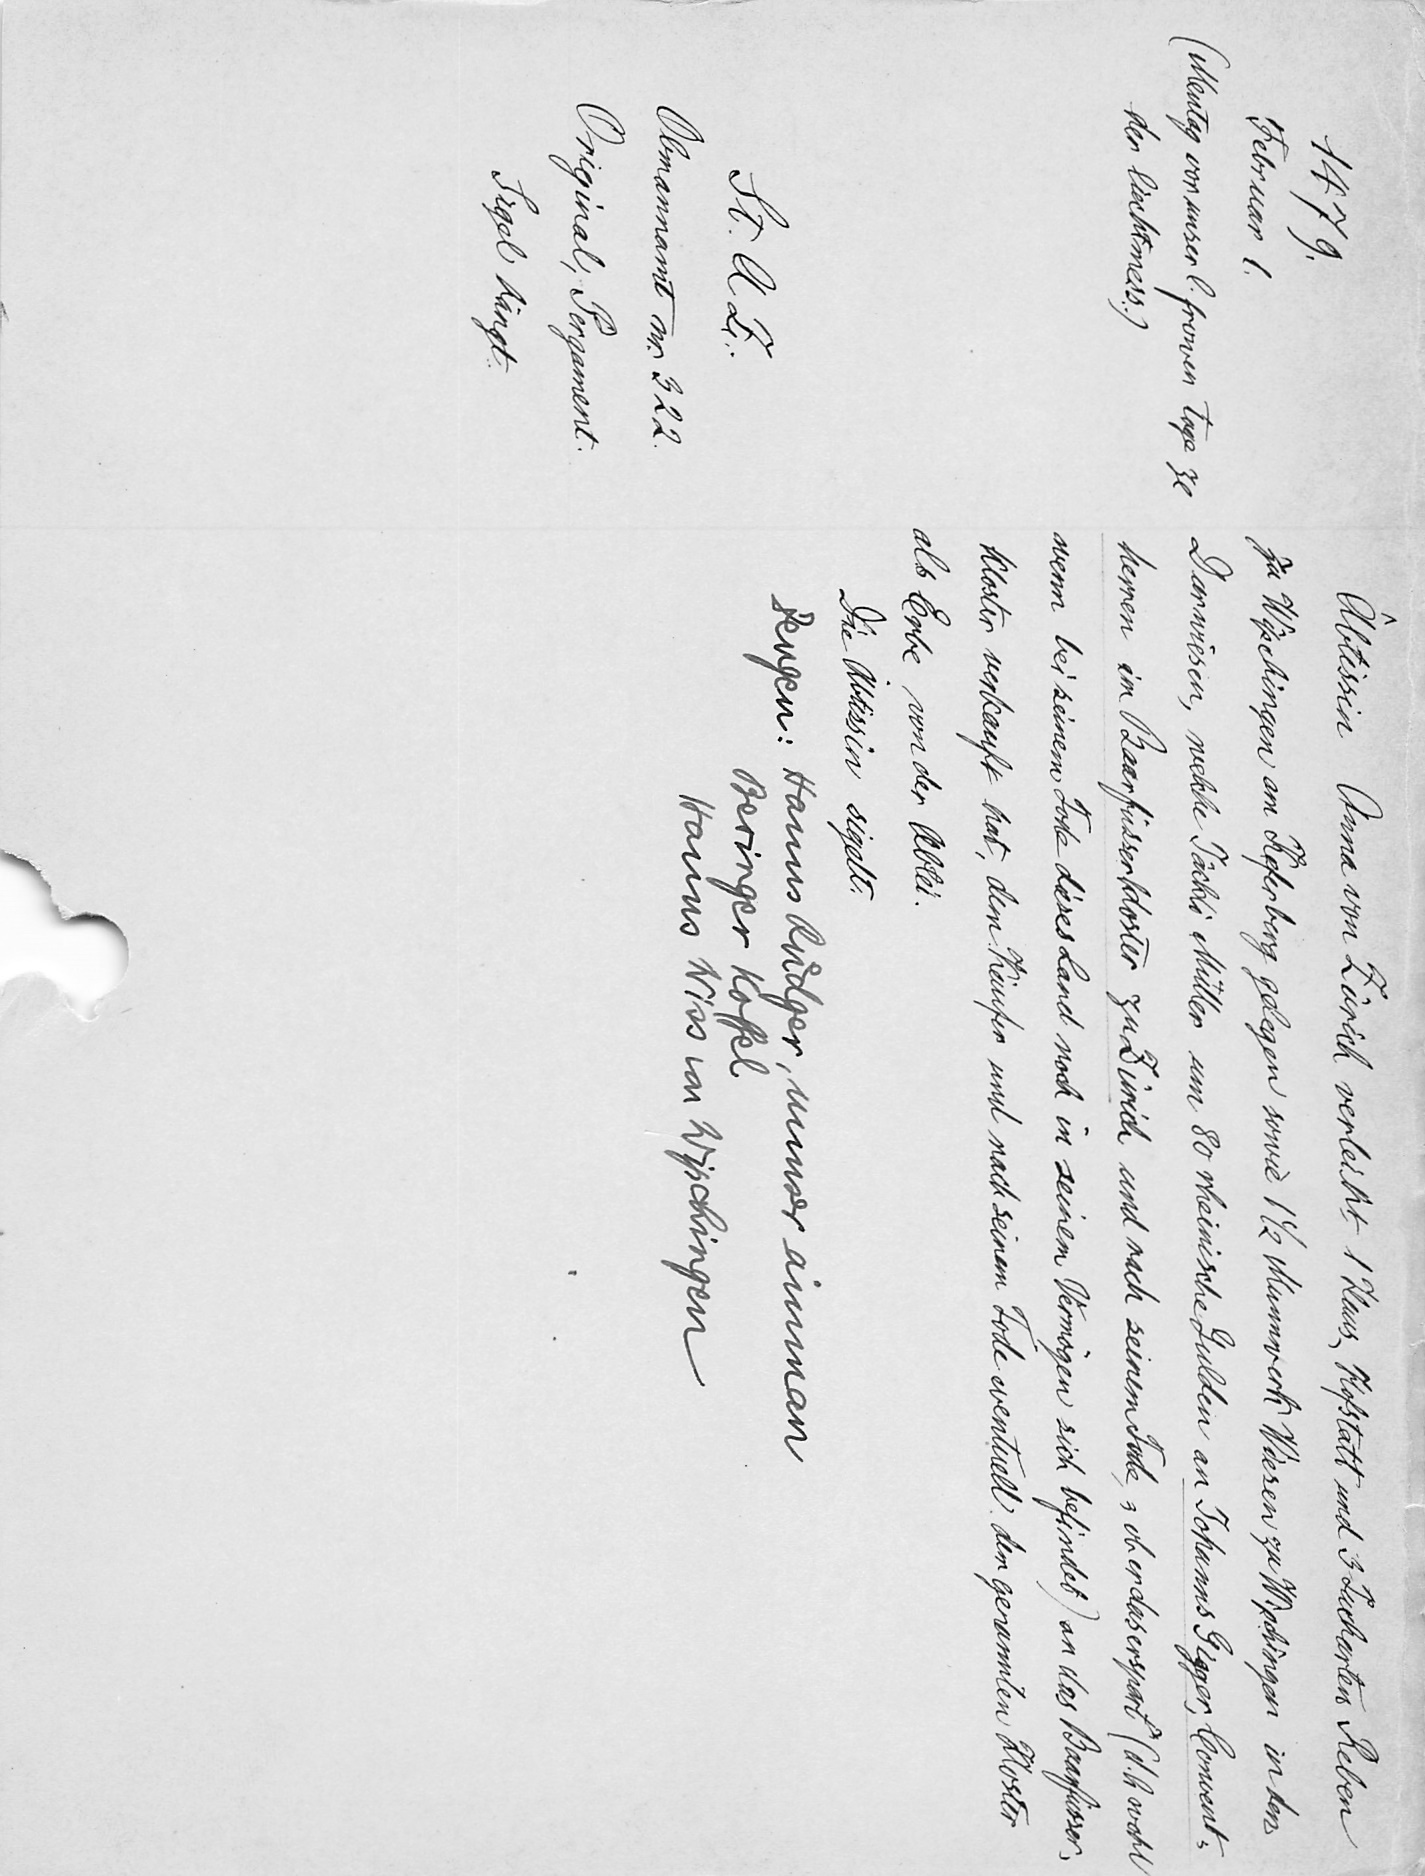
Äbtissin Anna von Zürich verleiht 1 Haus, Hofstatt und 3 Jucharten Reben
zu Wipchingen am Keferberg gelegen sowie 1 1/2 Mannwerk Wiesen zu Wipchingen in den
Darwiesen, welche Jäckli Müller um 80 rheinische Gulden an Johanns Gigger, Convent¬
herren im Baarfüsserkloster zu Zürich und nach seinem Tode, "ob er das erspart" (d. h. wohl
wenn bei seinem Tode dieses Land noch in seinem Vermögen sich befindet) an das Baarfüsser¬
kloster verkauft hat, dem Käufer und nach seinem Tode eventuell dem genannten Kloster
als Erbe von der Abtei.
Die Äbtissin sigelt.
Zeugen: Hanns Ruͤdger, unser amman
Beringer Koffel
Hanns Wiss von Wipchingen

1479.
Februar 1.
(Mentag von unser l. frowen Tage ze
der liechtmess.)
St. A. Z.
Obmannamt nr. 322.
Original, Pergament.
Sigel hängt.